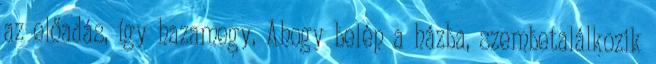
az előadás, így hazamegy. Ahogy belép a házba, szembetalálkozik